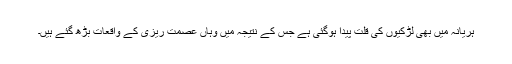
ہریانہ میں بھی لڑکیوں کی قلت پیدا ہوگئی ہے جس کے نتیجہ میں وہاں عصمت ریزی کے واقعات بڑھ گئے ہیں۔